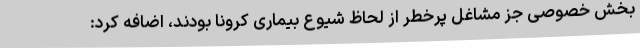
بخش خصوصی جز مشاغل پرخطر از لحاظ شیوع بیماری کرونا بودند، اضافه کرد: